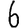
Digit: 6